Report on sanitation, dispensaries, and jails in Rajputana for 1921, and on vaccination for the year 1921-1922 - 1921-1922
Year: 1921
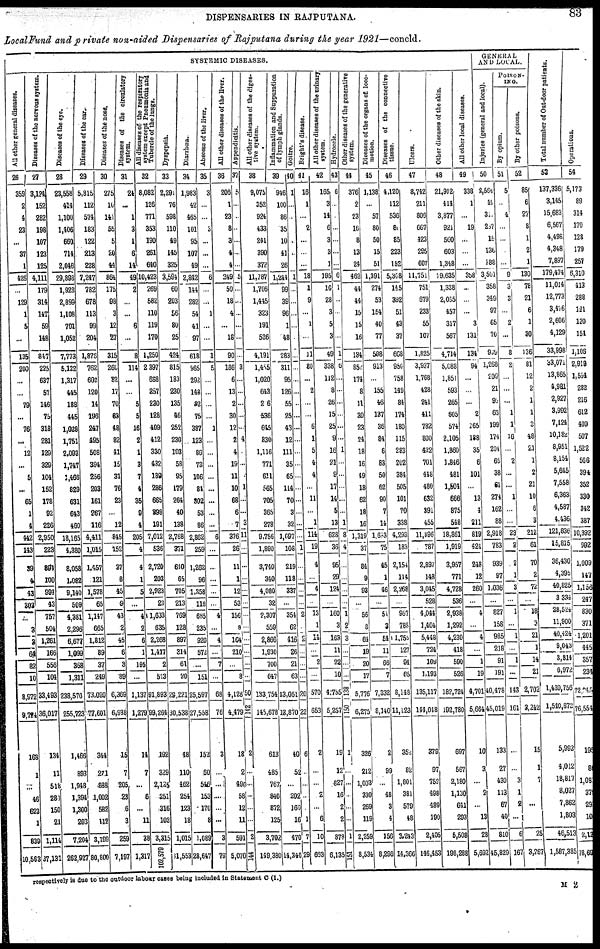
DISPENSARIES IN RAJPUTANA.
83
Local Fund and private non-aided Dispensaries of Rajputana during the year 1921—concld.
SYSTEMIC DISEASES.
All other general diseases.
26
359
2
4
23
...
37
1
426
...
129
1
5
...
135
200
...
...
79
...
76
...
12
...
5
...
65
1
4
442
143
39
4
43
303
...
3
2
64
82
10
8,975
9,724
168
1
...
46
623
1
839
10,563
Diseases of the nervous System.
27
3,124
152
282
198
107
123
125
4,111
179
314
147
59
148
847
225
637
57
146
75
318
281
129
329
104
152
178
92
226
2,950
223
894
100
994
43
757
504
1,261
166
556
104
33,493
36,017
134
11
518
280
150
21
1,114
37,131
Diseases of the eye.
28
23,558
414
1,100
1,406
660
714
2,046
29,898
1,923
2,899
1,108
791
1,052
7,773
5,122
1,317
445
188
445
1,028
1,751
2,093
1,747
1,466
829
631
643
460
18,165
4,380
8,058
1,082
9,140
509
4,381
2,296
6,677
1,099
368
1,311
238,570
255,723
1,466
893
1,948
1,394
1,300
203
7,204
262,927
Diseases of the ear.
29
5,815
112
574
183
122
213
228
7,247
782
678
113
99
204
1,876
762
602
120
14
196
247
495
508
394
256
203
161
267
116
4,411
1,015
1,457
121
1,578
65
1,147
665
1,812
89
37
...
73,020
77,601
344
271
888
1,002
582
142
3,199
80,800
Diseases of the nose.
30
275
10
141
55
5
20
44
864
175
98
3
12
27
315
260
82
17
70
83
48
82
41
15
31
76
23
...
12
845
152
37
8
45
9
43
2
45
6
3
...
6,369
6,938
15
7
205
23
6
3
259
7,197
Diseases of the circularity
system.
31
24
...
1
3
1
6
14
49
2
...
...
6
...
8
114
...
...
5
5
16
2
1
3
7
4
35
9
4
205
4
4
1
5
...
4
2
6
1
195
...
1,137
1,279
14
7
...
6
...
11
38
1,317
All Diseases of the respiratory
system except Pneumonia and
Tubercle of the lungs.
32
8,082
126
771
353
190
261
640
10,423
269
582
110
119
170
1,250
2,397
688
257
230
128
409
412
330
432
189
286
665
898
191
7,012
536
2,720
203
2,923
23
1,633
635
2,268
1,417
2
...
91,893
99,264
192
329
2,125
251
316
102
3,315
102,579
Dyspepsia.
33
2,291
76
598
110
49
145
325
3,594
60
203
56
80
25
424
815
183
230
135
46
252
230
103
58
95
179
264
40
138
2,768
371
640
65
705
213
769
128
897
314
61
...
29,221
30,538
48
110
462
254
123
18
1,015
31,553
Diarrhœa.
34
1,983
42
465
101
95
107
49
2,842
144
282
54
41
97
618
965
292
148
92
75
387
123
86
73
106
81
302
53
86
2,862
259
1,262
96
1,358
116
685
235
920
572
...
151
25,597
27,558
152
60
546
153
170
8
1,089
28,647
Abscess of the liver.
35
3
...
...
3
...
...
...
6
...
...
1
...
...
1
5
...
...
...
...
1
...
...
...
...
...
...
...
...
6
...
...
...
...
...
4
...
4
...
7
...
68
76
3
...
...
...
...
...
3
79
Al l ot her di s eas es of the liver.
36
206
1
23
8
3
4
4
249
50
18
4
...
18
90
186
6
13
2
30
12
2
4
19
11
10
68
6
7
376
26
11
1
12
53
156
8
164
210
...
8
4,128
4,479
18
2
490
58
12
11
591
5,070
Appendicitis.
37
5
...
...
...
...
...
...
5
...
...
...
...
...
...
3
...
...
...
...
...
4
...
...
...
1
...
...
3
11
...
...
...
...
...
...
...
...
...
...
...
50
142
2
...
...
...
...
...
2
144
All other diseases of the diges-
tive system.
38
9,075
352
924
433
241
390
372
11,787
1,706
1,445
323
191
526
4,191
1,455
1,020
643
206
536
645
830
1,116
771
611
565
705
365
278
9,756
1,890
3,740
340
4,080
32
2,307
559
2,866
1,930
700
647
133,754
145,678
613
485
767
846
872
125
3,702
149,380
I
nf la
mma tion and Suppur a t
i
on
of l
ymph glands.
39
946
100
86
35
10
41
26
1,244
99
39
96
1
48
283
311
95
126
55
25
43
12
111
35
65
114
70
3
32
1,097
108
219
118
337
...
354
62
416
26
21
63
13,051
13,870
40
52
...
202
160
16
470
14,340
Goire.
40
1
...
...
...
...
...
...
1
...
...
...
...
...
...
...
...
...
...
...
...
...
...
...
...
...
...
...
...
...
1
...
...
...
...
2
...
2
...
...
...
20
22
6
...
1
...
...
...
7
29
Bright's disease.
41
16
1
...
2
...
...
...
18
1
9
...
1
...
11
80
...
2
...
...
6
1
5
4
4
...
11
...
1
114
19
4
...
4
...
13
1
14
...
2
...
...
653
2
...
...
2
...
1
10
663
All other diseases of the urinary
system.
42
165
3
14
6
3
3
1
195
10
28
3
5
3
49
338
112
8
26
15
25
9
16
21
9
17
14
5
13
628
36
95
29
124
...
160
3
163
11
22
10
4,765
5,257
19
12
827
16
2
2
878
6,135
Hydrocele.
43
6
...
...
...
...
...
...
6
1
...
...
...
...
1
6
...
...
...
...
...
...
1
...
...
...
...
...
1
8
4
...
...
...
...
1
2
3
...
...
...
138
150
1
...
...
...
...
...
1
151
Other diseases of the generative
system.
44
376
2
23
16
8
13
24
462
44
44
15
15
16
184
852
174
8
11
30
23
24
18
16
49
18
62
18
16
1,319
37
84
9
93
...
56
8
64
19
20
17
5,776
6,275
326
212
1,003
330
269
119
2,259
8,534
Diseases of the organs of loco-
motion.
45
1,138
...
57
80
50
15
51
1,391
274
53
154
40
77
598
913
...
155
46
137
36
84
6
83
50
62
90
7
14
1,663
75
45
1
46
...
51
3
54
11
66
7
7,332
8,140
2
99
...
48
3
4
156
8,296
Diseases of the connective
tissue.
46
4,120
112
536
80
85
223
152
5,308
145
392
51
43
37
668
950
758
149
84
174
180
115
283
202
384
505
101
70
338
4,293
183
2,154
114
2,268
...
967
788
1,755
127
94
65
8,148
11,123
352
82
1,801
381
579
48
3,243
14,366
Ulcers.
47
8,742
211
806
667
423
295
607
11,751
751
679
233
55
107
1,825
3,937
1,768
428
241
411
782
800
422
701
448
480
632
891
455
11,896
787
2,897
148
3,045
528
4,044
1,404
5,448
724
109
1,193
135,117
144,048
379
97
752
498
489
190
2,405
146,453
Other diseases of the skin.
48
21,912
414
3,877
921
560
603
1,348
29,635
1,338
2,035
457
317
567
4,714
5,088
1,851
593
265
605
574
2,105
1,860
1,846
481
1,504
666
875
548
18,861
1,919
3,957
771
4,728
536
2,938
1,292
4,230
418
590
526
182,724
192,780
697
567
2,180
1,130
641
293
5,508
198,288
All other local diseases.
49
338
1
...
19
...
...
...
358
...
...
...
3
131
134
94
...
...
...
2
165
188
35
6
101
...
13
4
211
819
424
248
12
260
...
4
...
4
...
1
19
4,701
5,664
10
3
...
2
...
13
28
5,692
GENERAL
AND LOC
Injuries (general and local).
50
2,564
49
311
287
16
136
188
3,501
358
349
97
65
70
969
1,268
209
21
92
63
199
174
205
65
38
61
274
162
88
2,918
783
939
97
1,036
...
827
158
985
218
91
191
40,478
45,019
133
27
430
113
67
40
810
45,829
POISOIN¬
ING.
By opium.
51
5
...
4
...
...
...
...
9
3
3
...
2
...
8
2
...
...
...
1
1
16
...
2
...
...
1
...
...
23
2
2
1
3
...
1
...
1
...
1
...
143
161
...
...
3
1
2
...
6
167
By other poisons.
52
85
6
27
8
1
2
1
130
78
21
6
1
30
136
81
12
2
1
1
3
48
21
1
2
21
10
6
3
212
61
70
2
72
...
18
3
21
1
14
21
2,702
3,242
15
1
7
...
...
1
25
3,267
Total number of Out-door patients.
53
137,336
3,145
15,683
6,567
4,496
4,348
7,897
179,474
11,014
12,773
3,416
2,606
4,129
33,998
33,071
13,865
4,981
2,927
3,992
7,124
10,182
8,951
8,154
5,645
7,558
6,363
4,587
4,436
121,836
15,815
36,430
4,395
40,825
3,334
28,524
11,900
40,424
9,043
3,814
6,972
1,439,756
1,540,872
5,992
4,012
18,817
8,027
7,862
1,803
46,513
1,597,385
Oper
54
5,173
89
314
170
128
179
257
6,310
413
288
121
120
151
1,106
2,919
1,554
282
216
612
409
507
1,522
566
394
352
330
342
387
10,392
992
1,009
147
1,156
247
830
371
1,201
445
357
234
72,245
76,554
195
80
1,080
379
29
10
2,17
78,69
respectively is due to the outdoor labour cases being included in Statement C (I.)
M 2